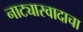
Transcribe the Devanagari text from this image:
नाट्यास्वादाचा